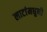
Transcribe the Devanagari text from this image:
लाटांमधुनी